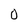
Character: O